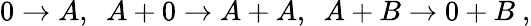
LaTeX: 0\to A,\ \ A+0\to A+A,\ \ A+B\to 0+B\ ,